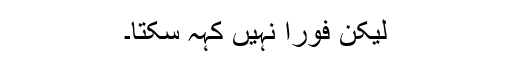
لیکن فوراً نہیں کہہ سکتا۔